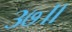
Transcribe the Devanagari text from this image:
३७॥